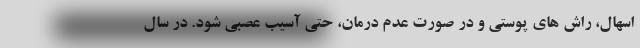
اسهال، راش های پوستی و در صورت عدم درمان، حتی آسیب عصبی شود. در سال